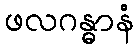
ဖလဂန္ဓာနံ